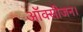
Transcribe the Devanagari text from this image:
ऑक्सीजन।